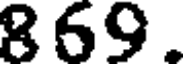
869.